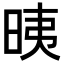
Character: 𣆰